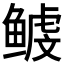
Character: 𱈉